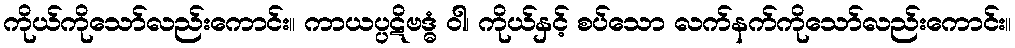
ကိုယ်ကိုသော်လည်းကောင်း။ ကာယပ္ပဋိဗဒ္ဓံ ဝါ၊ ကိုယ်နှင့် စပ်သော လက်နက်ကိုသော်လည်းကောင်း။